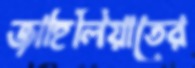
জাহিলিয়াতের